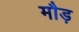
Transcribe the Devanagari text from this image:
मौड़